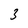
Character: 3